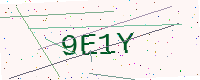
Text: 9E1Y